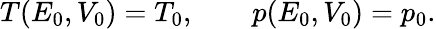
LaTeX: T(E_{0},V_{0})=T_{0},\qquad p(E_{0},V_{0})=p_{0}.